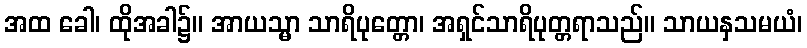
အထ ခေါ၊ ထိုအခါ၌။ အာယသ္မာ သာရိပုတ္တော၊ အရှင်သာရိပုတ္တရာသည်။ သာယနှသမယံ၊